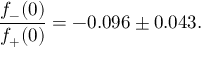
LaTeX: \frac { f _ { - } ( 0 ) } { f _ { + } ( 0 ) } = - 0 . 0 9 6 \pm 0 . 0 4 3 .